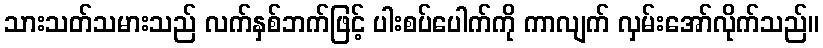
သားသတ်သမားသည် လက်နှစ်ဘက်ဖြင့် ပါးစပ်ပေါက်ကို ကာလျက် လှမ်းအော်လိုက်သည်။